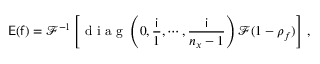
\mathsf { E } ( \mathsf { f } ) = \mathcal { F } ^ { - 1 } \left[ \mathrm { ~ d ~ i ~ a ~ g ~ } \left( 0 , \frac { \mathsf { i } } { 1 } , \cdots , \frac { \mathsf { i } } { n _ { x } - 1 } \right) \mathcal { F } ( 1 - \rho _ { f } ) \right] \, ,